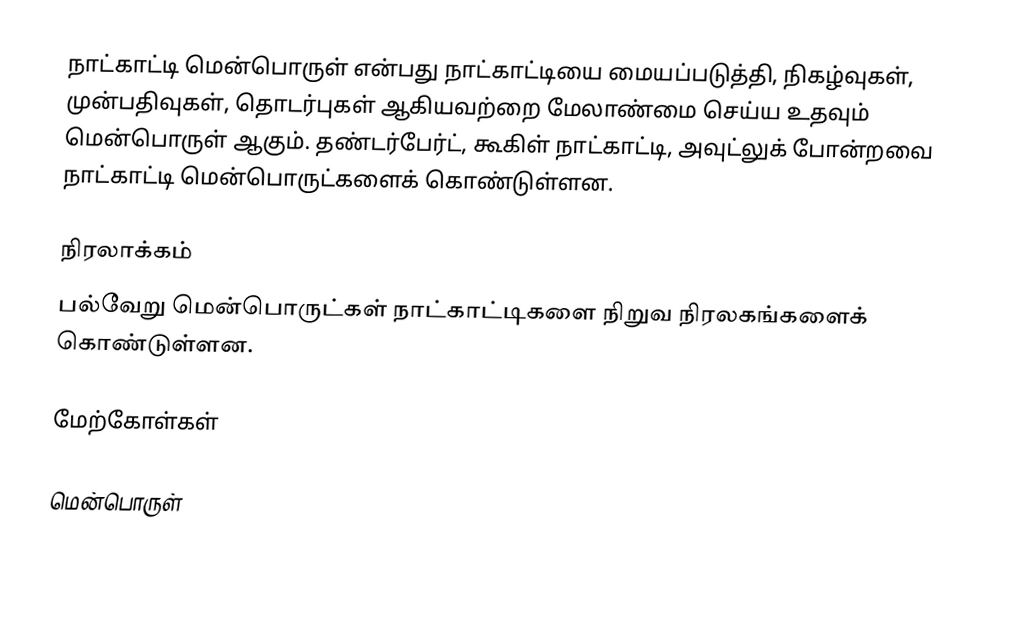
நாட்காட்டி மென்பொருள் என்பது நாட்காட்டியை மையப்படுத்தி, நிகழ்வுகள், முன்பதிவுகள், தொடர்புகள் ஆகியவற்றை மேலாண்மை செய்ய உதவும் மென்பொருள் ஆகும்.  தண்டர்பேர்ட், கூகிள் நாட்காட்டி, அவுட்லுக் போன்றவை நாட்காட்டி மென்பொருட்களைக் கொண்டுள்ளன.

நிரலாக்கம்
பல்வேறு மென்பொருட்கள் நாட்காட்டிகளை நிறுவ நிரலகங்களைக் கொண்டுள்ளன.

மேற்கோள்கள்

மென்பொருள்